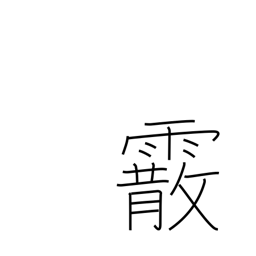
Meaning: hailstones